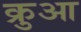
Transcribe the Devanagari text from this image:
क्रुआ